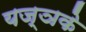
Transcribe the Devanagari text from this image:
यज्ञके